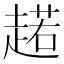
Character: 𧼼